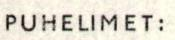
PUHELIMET: